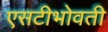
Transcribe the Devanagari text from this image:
एसटीभोवती